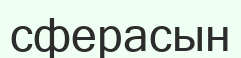
сферасын